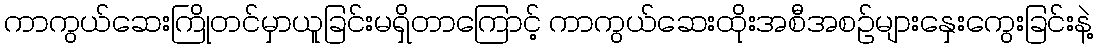
ကာကွယ်ဆေးကြိုတင်မှာယူခြင်းမရှိတာကြောင့် ကာကွယ်ဆေးထိုးအစီအစဉ်များနှေးကွေးခြင်းနဲ့